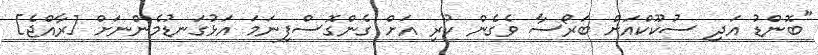
"ބޮންޑު އަދި ސުކޫކްއަށް ބަރޯސާ ވެގެން ކުރި އަށް ގެންގޮސްފިނަމަ އަޅުގަނޑުމެންނަށް [ރާއްޖެ]